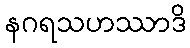
နဂရသဟဿာဒိ